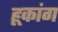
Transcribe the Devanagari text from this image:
हूकांग